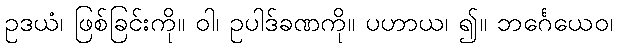
ဥဒယံ၊ ဖြစ်ခြင်းကို။ ဝါ၊ ဥပါဒ်ခဏကို။ ပဟာယ၊ ၍။ ဘင်္ဂေယေဝ၊